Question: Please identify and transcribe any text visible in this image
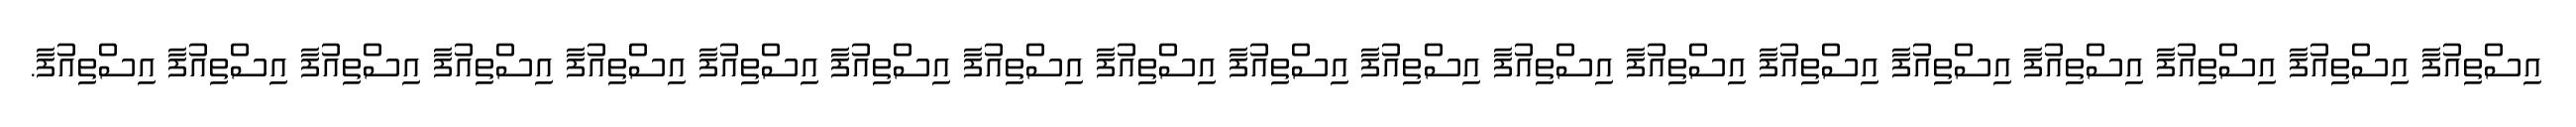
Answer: އިސްތިއުފާ އިސްތިއުފާ އިސްތިއުފާ އިސްތިއުފާ އިސްތިއުފާ އިސްތިއުފާ އިސްތިއުފާ އިސްތިއުފާ އިސްތިއުފާ އިސްތިއުފާ އިސްތިއުފާ އިސްތިއުފާ އިސްތިއުފާ އިސްތިއުފާ އިސްތިއުފާ އިސްތިއުފާ އިސްތިއުފާ އިސްތިއުފާ އިސްތިއުފާ.